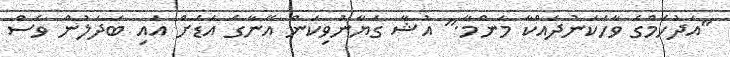
"އަދުހަމްގެ ވާހަކަނުދައްކާ މަންމާ." އުޝާ ގަޔާނުވިކަން އޭނާގެ އަޑަށް އައި ބަދަލުން ވެސް